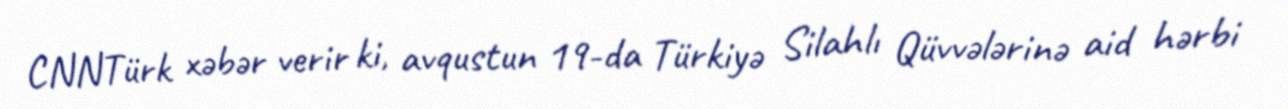
CNNTürk xəbər verir ki, avqustun 19-da Türkiyə Silahlı Qüvvələrinə aid hərbi